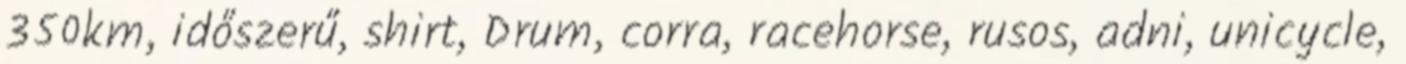
350km, időszerű, shirt, Drum, corra, racehorse, rusos, adni, unicycle,